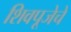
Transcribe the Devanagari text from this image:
शिवपूजेचे